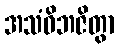
အသံဝိဘဇိတွာ